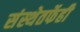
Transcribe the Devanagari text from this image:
संस्थेतर्फेही